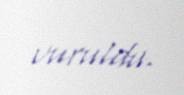
vuruldu.